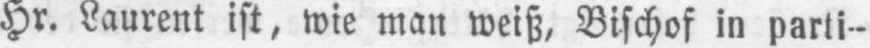
Hr. Laurent ist, wie man weiß, Bischof in parti-